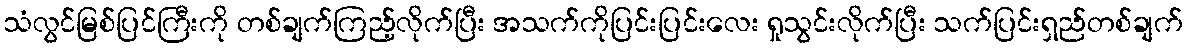
သံလွင်မြစ်ပြင်ကြီးကို တစ်ချက်ကြည့်လိုက်ပြီး အသက်ကိုပြင်းပြင်းလေး ရှုသွင်းလိုက်ပြီး သက်ပြင်းရှည်တစ်ချက်